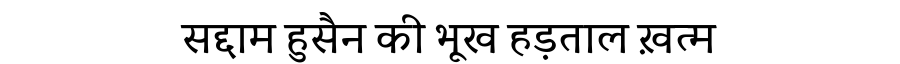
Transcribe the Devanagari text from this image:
सद्दाम हुसैन की भूख हड़ताल ख़त्म